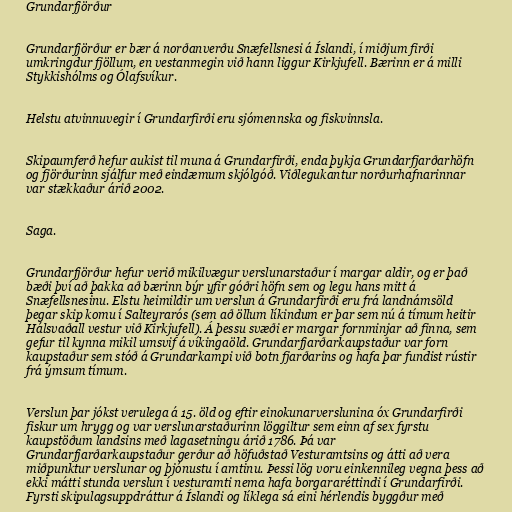
Grundarfjörður

Grundarfjörður er bær á norðanverðu Snæfellsnesi á Íslandi, í miðjum firði
umkringdur fjöllum, en vestanmegin við hann liggur Kirkjufell. Bærinn er á milli
Stykkishólms og Ólafsvíkur.

Helstu atvinnuvegir í Grundarfirði eru sjómennska og fiskvinnsla.

Skipaumferð hefur aukist til muna á Grundarfirði, enda þykja Grundarfjarðarhöfn
og fjörðurinn sjálfur með eindæmum skjólgóð. Viðlegukantur norðurhafnarinnar
var stækkaður árið 2002.

Saga.

Grundarfjörður hefur verið mikilvægur verslunarstaður í margar aldir, og er það
bæði því að þakka að bærinn býr yfir góðri höfn sem og legu hans mitt á
Snæfellsnesinu. Elstu heimildir um verslun á Grundarfirði eru frá landnámsöld
þegar skip komu í Salteyrarós (sem að öllum líkindum er þar sem nú á tímum heitir
Hálsvaðall vestur við Kirkjufell). Á þessu svæði er margar fornminjar að finna, sem
gefur til kynna mikil umsvif á víkingaöld. Grundarfjarðarkaupstaður var forn
kaupstaður sem stóð á Grundarkampi við botn fjarðarins og hafa þar fundist rústir
frá ýmsum tímum.

Verslun þar jókst verulega á 15. öld og eftir einokunarverslunina óx Grundarfirði
fiskur um hrygg og var verslunarstaðurinn löggiltur sem einn af sex fyrstu
kaupstöðum landsins með lagasetningu árið 1786. Þá var
Grundarfjarðarkaupstaður gerður að höfuðstað Vesturamtsins og átti að vera
miðpunktur verslunar og þjónustu í amtinu. Þessi lög voru einkennileg vegna þess að
ekki mátti stunda verslun í vesturamti nema hafa borgararéttindi í Grundarfirði.
Fyrsti skipulagsuppdráttur á Íslandi og líklega sá eini hérlendis byggður með